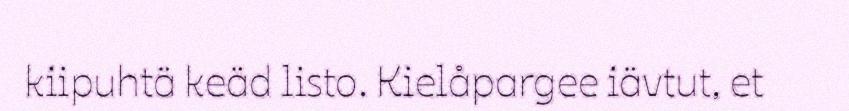
kiipuhtä keäd listo. Kielåpargee iävtut, et